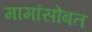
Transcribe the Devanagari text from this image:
मामांसोबत